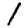
Digit: 1